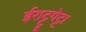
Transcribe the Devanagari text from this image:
ईराट्टुपेट्टा